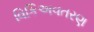
વિકિઅવતરણ